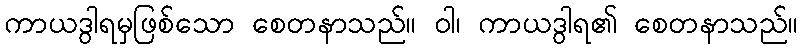
ကာယဒွါရမှဖြစ်သော စေတနာသည်။ ဝါ၊ ကာယဒွါရ၏ စေတနာသည်။